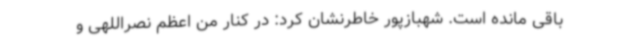
باقی مانده است. شهبازپور خاطرنشان کرد: در کنار من اعظم نصراللهی و